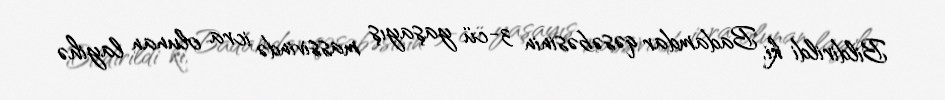
Bildirildi ki, Badamdar qəsəbəsinin 3-cü yaşayış massivində icra olunan layihə